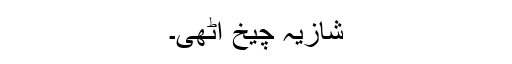
شازیہ چیخ اٹھی۔